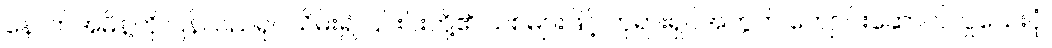
နောက်အမိန့်ကို ပြန်လည်ရုပ်သိမ်း၍ ၎င်းင်းတို့၏ သစ်များဖြင့် ဘုရားရှင်အတွက် ကျောင်းဆောက်လှူသေးပုံ၊